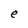
Character: e